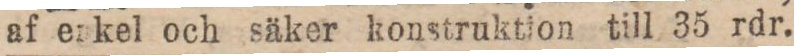
af enkel och säker konstruktion till 35 rdr.